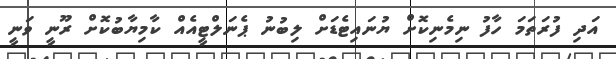
އަދި ފުރަތަމަ ހާފު ނިމެނިކޮށް ޔުނައިޓެޑަށް ލިބުނު ޕެނަލްޓީއެއް ކާމިޔާބުކޮށް ރޫނީ ވަނީ